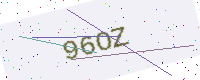
Text: 96OZ